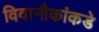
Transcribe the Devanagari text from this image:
विवानौकांकडे